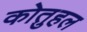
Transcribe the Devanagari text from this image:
कोतुहल